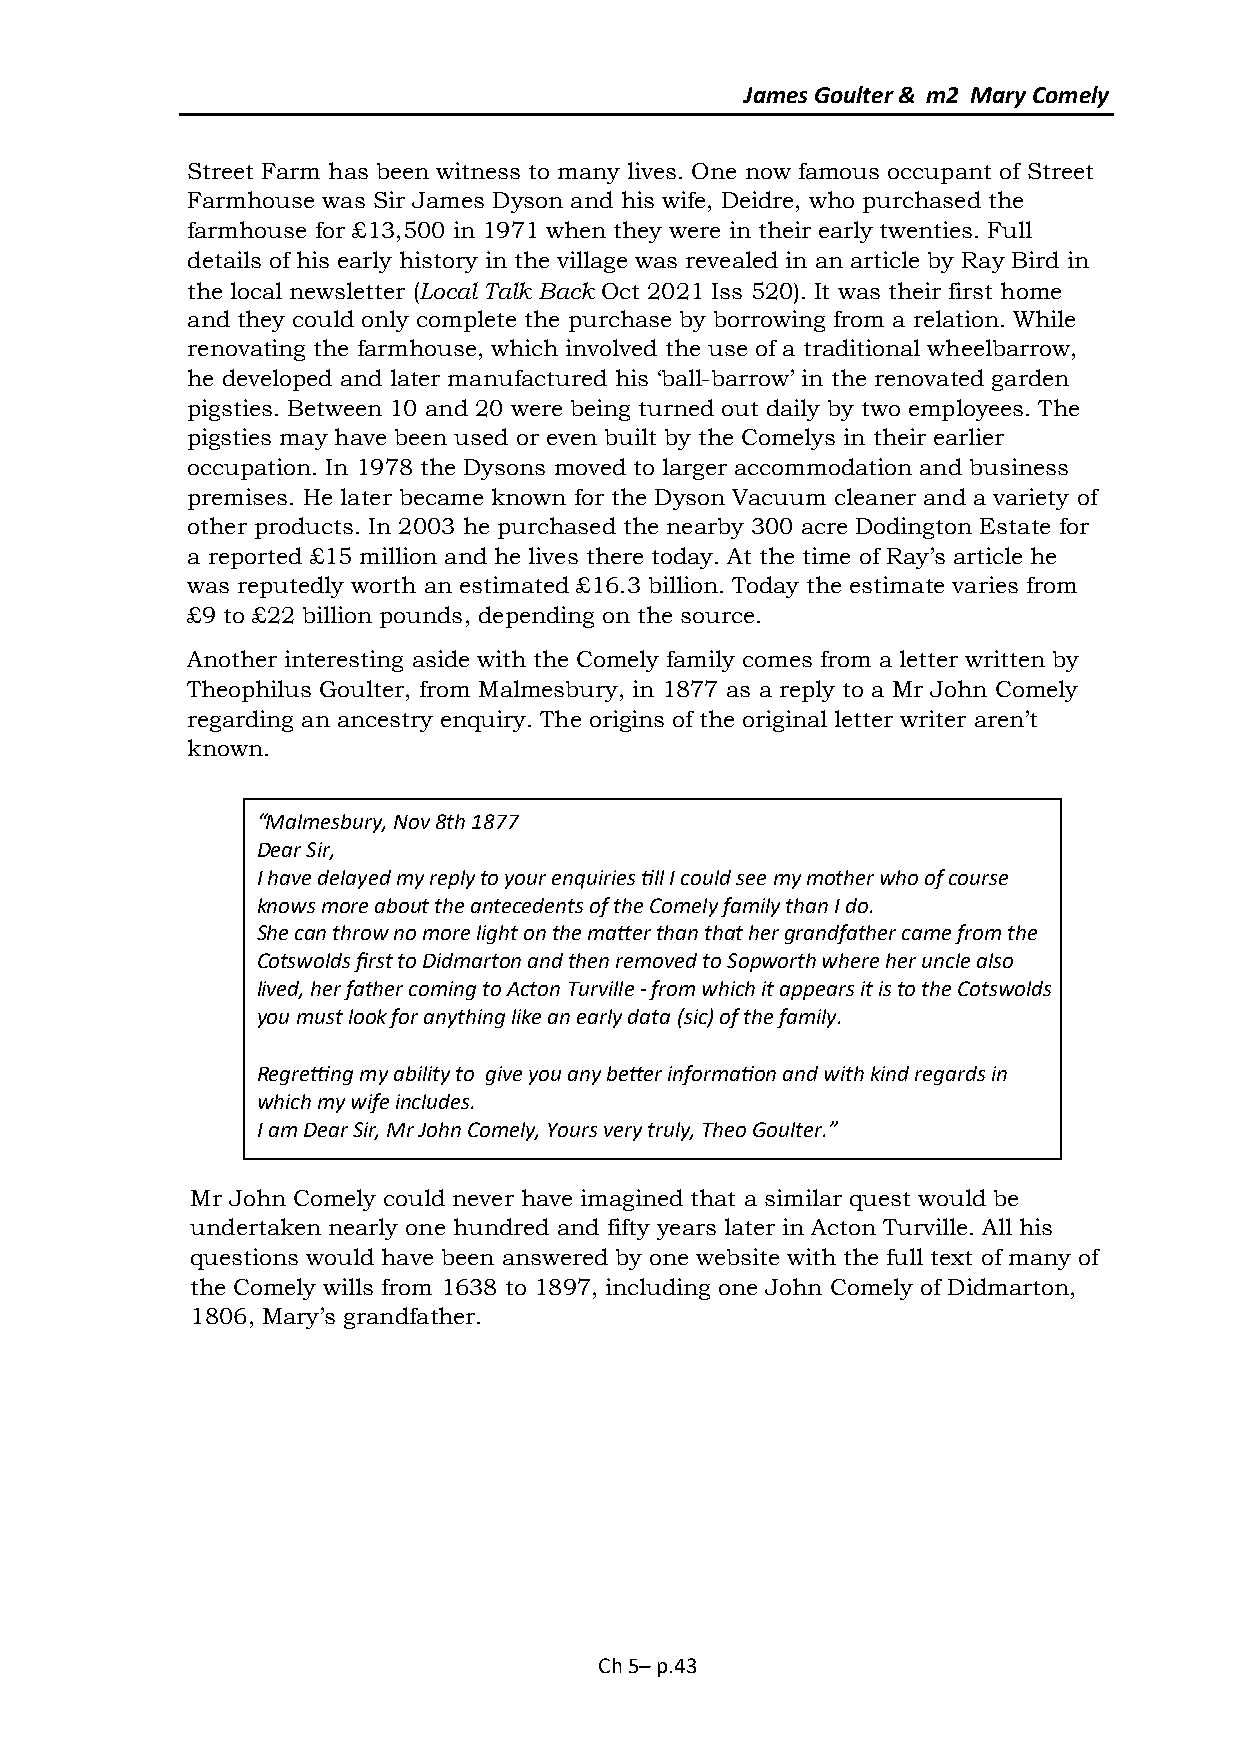
James Goulter & m2 Mary Comely
 Street Farm has been witness to many lives. One now famous occupant of Street
 Farmhouse was Sir James Dyson and his wife, Deidre, who purchased the
 farmhouse for £13,500 in 1971 when they were in their early twenties. Full
 details of his early history in the village was revealed in an article by Ray Bird in
 the local newsletter (Local Talk Back Oct 2021 Iss 520). It was their first home
 and they could only complete the purchase by borrowing from a relation. While
 renovating the farmhouse, which involved the use of a traditional wheelbarrow,
 he developed and later manufactured his ‘ball-barrow’ in the renovated garden
 pigsties. Between 10 and 20 were being turned out daily by two employees. The
 pigsties may have been used or even built by the Comelys in their earlier
 occupation. In 1978 the Dysons moved to larger accommodation and business
 premises. He later became known for the Dyson Vacuum cleaner and a variety of
 other products. In 2003 he purchased the nearby 300 acre Dodington Estate for
 a reported £15 million and he lives there today. At the time of Ray’s article he
 was reputedly worth an estimated £16.3 billion. Today the estimate varies from
 £9 to £22 billion pounds, depending on the source.
 Another interesting aside with the Comely family comes from a letter written by
 Theophilus Goulter, from Malmesbury, in 1877 as a reply to a Mr John Comely
 regarding an ancestry enquiry. The origins of the original letter writer aren’t
 known.
 “Malmesbury, Nov 8th 1877
 Dear Sir,
 I have delayed my reply to your enquiries till I could see my mother who of course
 knows more about the antecedents of the Comely family than I do.
 She can throw no more light on the matter than that her grandfather came from the
 Cotswolds first to Didmarton and then removed to Sopworth where her uncle also
 lived, her father coming to Acton Turville - from which it appears it is to the Cotswolds
 you must look for anything like an early data (sic) of the family.
 Regretting my ability to give you any better information and with kind regards in
 which my wife includes.
 I am Dear Sir, Mr John Comely, Yours very truly, Theo Goulter.”
 Mr John Comely could never have imagined that a similar quest would be
 undertaken nearly one hundred and fifty years later in Acton Turville. All his
 questions would have been answered by one website with the full text of many of
 the Comely wills from 1638 to 1897, including one John Comely of Didmarton,
 1806, Mary’s grandfather.
 Ch 5– p.43